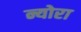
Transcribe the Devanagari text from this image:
न्योरा